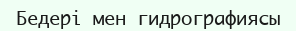
Бедері мен гидрографиясы